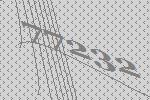
77232